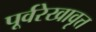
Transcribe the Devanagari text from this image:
पूर्वरेखावृत्त